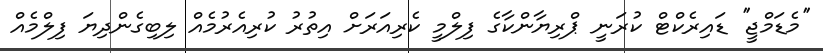
''މެޑަމްޖީ'' ޑައިރެކްޓް ކުރަނީ ޕްރިޔާންކާގެ ފިލްމީ ކެރިއަރަށް އިތުރު ކުރިއެރުމެއް ލިބިގެންދިޔަ ފިލްމެއް